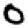
Digit: 0